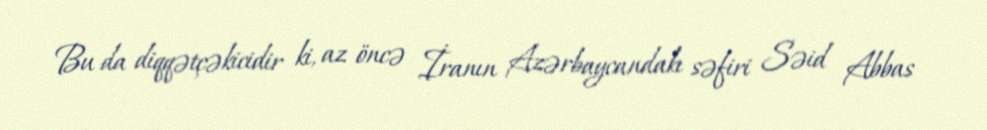
Bu da diqqətçəkicidir ki, az öncə İranın Azərbaycandakı səfiri Səid Abbas